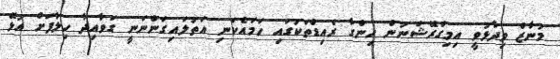
މުނާޒް ވިދާޅުވީ އިމިގްރޭޝަނުން ހިންގާ ރެއިޑްތަކުގައި ހަމައެކަނި އަތުލައިގަންނަނީ ގަވާއިދާ ހިލާފަށް އުޅޭ